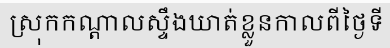
ស្រុកកណ្តាលស្ទឹងឃាត់ខ្លួនកាលពីថ្ងៃទី